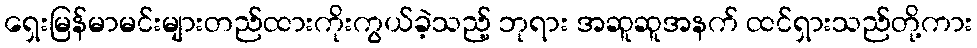
ရှေးမြန်မာမင်းများတည်ထားကိုးကွယ်ခဲ့သည့် ဘုရား အဆူဆူအနက် ထင်ရှားသည်တို့ကား